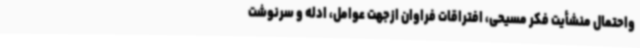
واحتمال منشأیت فکر مسیحی، افتراقات فراوان ازجهت عوامل، ادله و سرنوشت